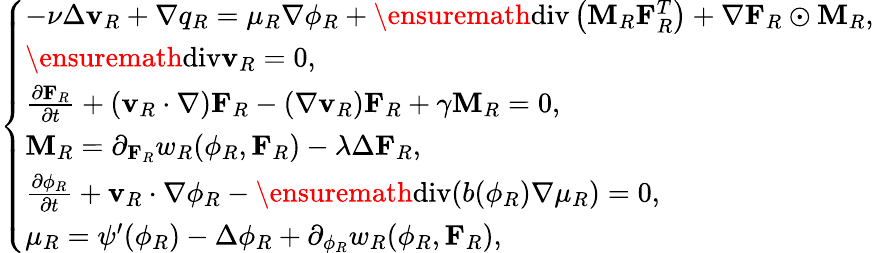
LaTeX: \left\{ \begin{array}{ll}{-\nu\Delta\mathbf{v}_{R}+\nabla q_{R}=\mu_{R}\nabla\phi_{R}+\ensuremath{\operatorname{div}}\left(\mathbf{M}_{R}\mathbf{F}_{R}^{T}\right)+\nabla\mathbf{F}_{R}\odot\mathbf{M}_{R},}\\ {\ensuremath{\operatorname{div}}\mathbf{v}_{R}=0,}\\ {\frac{\partial\mathbf{F}_{R}}{\partial t}+\left(\mathbf{v}_{R}\cdot\nabla\right)\mathbf{F}_{R}-(\nabla\mathbf{v}_{R})\mathbf{F}_{R}+\gamma\mathbf{M}_{R}=0,}\\ {\mathbf{M}_{R}=\partial_{\mathbf{F}_{R}}w_{R}(\phi_{R},\mathbf{F}_{R})-\lambda\Delta\mathbf{F}_{R},}\\ {\frac{\partial\phi_{R}}{\partial t}+\mathbf{v}_{R}\cdot\nabla\phi_{R}-\ensuremath{\operatorname{div}}(b(\phi_{R})\nabla\mu_{R})=0,}\\ {\mu_{R}=\psi^{\prime}(\phi_{R})-\Delta\phi_{R}+\partial_{\phi_{R}}w_{R}(\phi_{R},\mathbf{F}_{R}),}\end{array}\right.